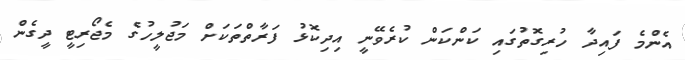
އެންމެ ފައިދާ ހުރިގޮތުގައި ކަންކަން ކުރެވޭނީ އިދިކޮޅު ފަރާތްތަކަށް މަޖުލީހުގެ މެޖޯރިޓީ ދީގެން